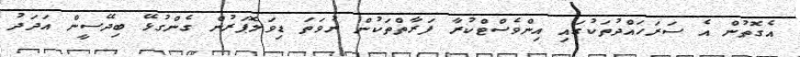
އެގޮތުން އެ ސަރަހައްދުތަކުގައި އިންވެސްޓްކުރާ ފަރާތްތަކުން ނުވަތަ ޑިވަލޮޕަރުން ގެންގުޅޭ ބިދޭސީން އަދަދު